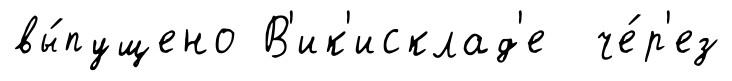
вы́пущено В'ик'исклад'е че́р'ез